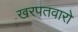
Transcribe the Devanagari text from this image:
खरपतवारो